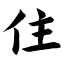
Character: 住